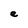
Character: e